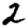
Digit: 2